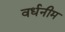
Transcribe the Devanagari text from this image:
वर्धनीम